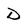
Character: D